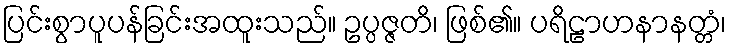
ပြင်းစွာပူပန်ခြင်းအထူးသည်။ ဥပ္ပဇ္ဇတိ၊ ဖြစ်၏။ ပရိဠာဟနာနတ္တံ၊